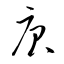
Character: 庚